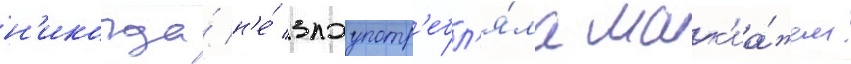
н'икогда́ н'е́ злоупотр'ебл'я́ла мак'иа́жем